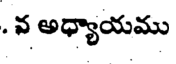
. వ అధ్యాయము